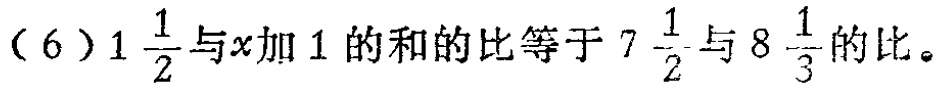
(6) \(1\frac{1}{2}\)与\(x\)加\(1\)的和的比等于\(7\frac{1}{2}\)与\(8\frac{1}{3}\)的比。